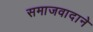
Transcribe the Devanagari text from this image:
समाजवादाने